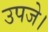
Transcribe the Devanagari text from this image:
उपजे।